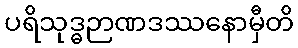
ပရိသုဒ္ဓဉာဏဒဿနောမှီတိ